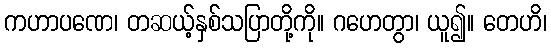
ကဟာပဏေ၊ တဆယ့်နှစ်သပြာတို့ကို။ ဂဟေတွာ၊ ယူ၍။ တေဟိ၊